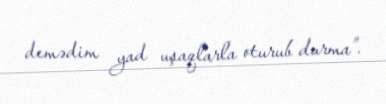
demədim yad uşaqlarla oturub durma”.